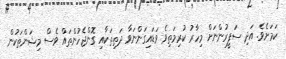
ކަމަށެވެ. އަދި ސަފީރުންނަށް މިހާރު ކުރިމަތިވެ ވަޑައިގަންނަވާ ދަތިތަކާއި ގޮންޖެހުންތައް ވެސް މިޝަންތަކުން